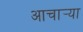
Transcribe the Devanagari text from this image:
आचार्‍या